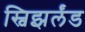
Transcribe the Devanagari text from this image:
स्विझर्लंड